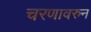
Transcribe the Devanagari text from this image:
चरणावरुन